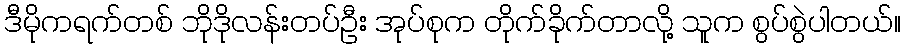
ဒီမိုကရက်တစ် ဘိုဒိုလန်းတပ်ဦး အုပ်စုက တိုက်ခိုက်တာလို့ သူက စွပ်စွဲပါတယ်။